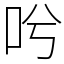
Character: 𠯋